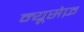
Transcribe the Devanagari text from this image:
न्यूसेफ़